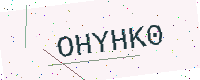
Text: OHYHK0